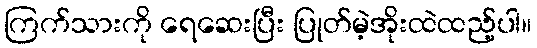
ကြက်သားကို ရေဆေးပြီး ပြုတ်မဲ့အိုးထဲထည့်ပါ။